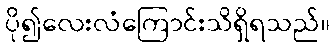
ပို၍လေးလံကြောင်းသိရှိရသည်။